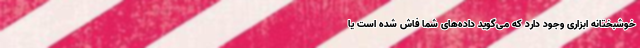
خوشبختانه ابزاری وجود دارد که می‌گوید داده‌های شما فاش شده است یا